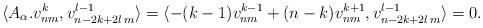
LaTeX: \begin{align*} \langle A_{\alpha}.v_{nm}^k,v_{n-2k+2l\,m}^{l-1}\rangle= \langle -(k-1)v_{nm}^{k-1}+(n-k)v_{nm}^{k+1},v_{n-2k+2l\,m}^{l-1}\rangle=0.\end{align*}